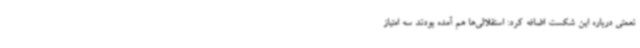
نعمتی درباره این شکست اضافه کرد: استقلالی‌ها هم آمده بودند سه امتیاز